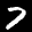
Label: 7